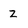
Character: z